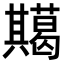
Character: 𭁞